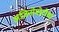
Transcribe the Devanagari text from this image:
अजिनोमोटोचा